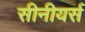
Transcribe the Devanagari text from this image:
सीनीयर्स